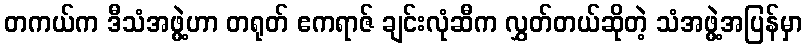
တကယ်က ဒီသံအဖွဲ့ဟာ တရုတ် ဧကရာဇ် ချင်းလုံဆီက လွှတ်တယ်ဆိုတဲ့ သံအဖွဲ့အပြန်မှာ